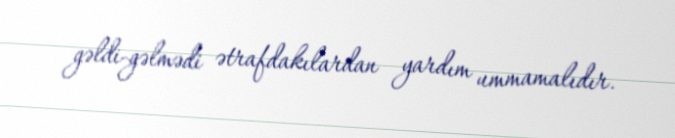
gəldi-gəlmədi ətrafdakılardan yardım ummamalıdır.